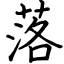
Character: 落